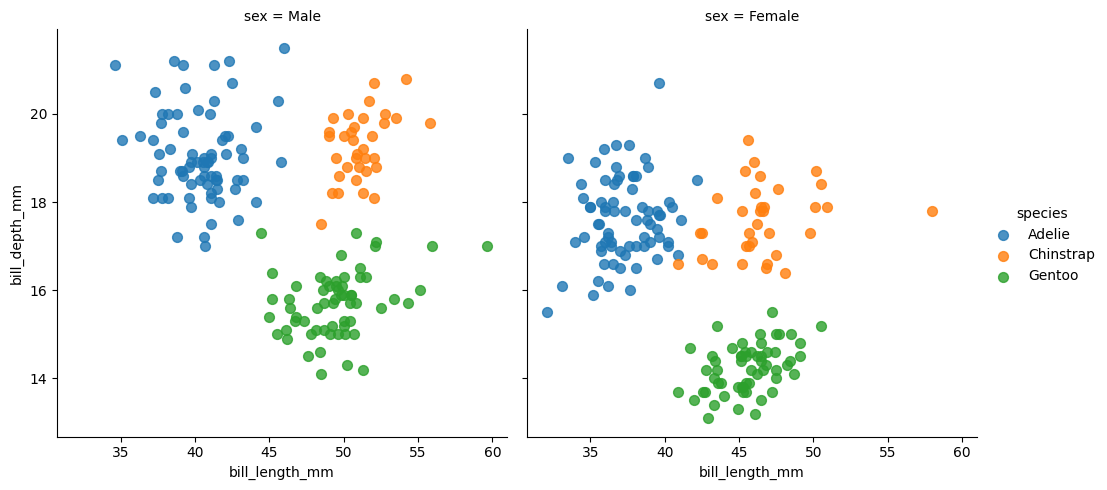
python, seaborn, lmplot, aspect=1.0, order=1, markers='o'